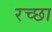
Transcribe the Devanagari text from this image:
रच्‍छा